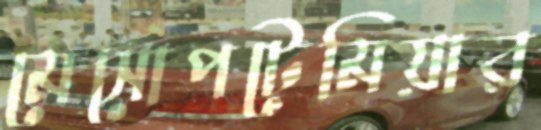
মেসোপটেমিয়ার